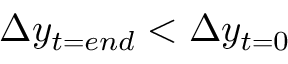
\Delta y _ { t = e n d } < \Delta y _ { t = 0 }